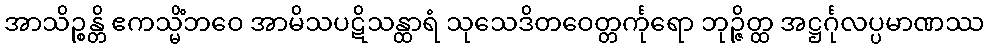
အာသိဉ္စန္တိ ဧကသ္မိံဘဝေ အာမိသပဋိသန္ထာရံ သုသေဒိတဝေတ္တင်္ကုရော ဘုဉ္ဇိတ္ထ အဋ္ဌင်္ဂုလပ္ပမာဏဿ